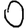
Digit: 0